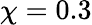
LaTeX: \chi=0.3